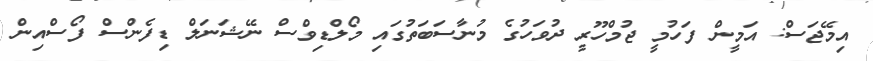
އިމޭޖަސް: އަމީން ފަހުމީ ޖުމްހޫރީ ދުވަހުގެ މުނާސަބަތުގައި މޯލްޑިވްސް ނޭޝަނަލް ޑިފެންސް ފޯސްއިން